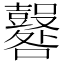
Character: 𡅦